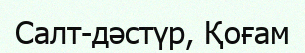
Салт-дәстүр, Қоғам